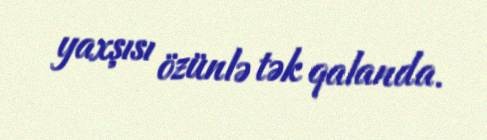
yaxşısı özünlə tək qalanda.